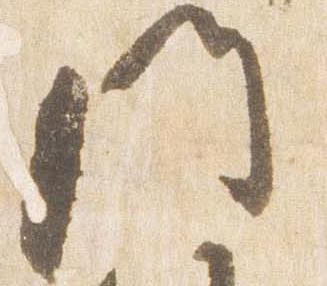
門